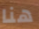
هنا